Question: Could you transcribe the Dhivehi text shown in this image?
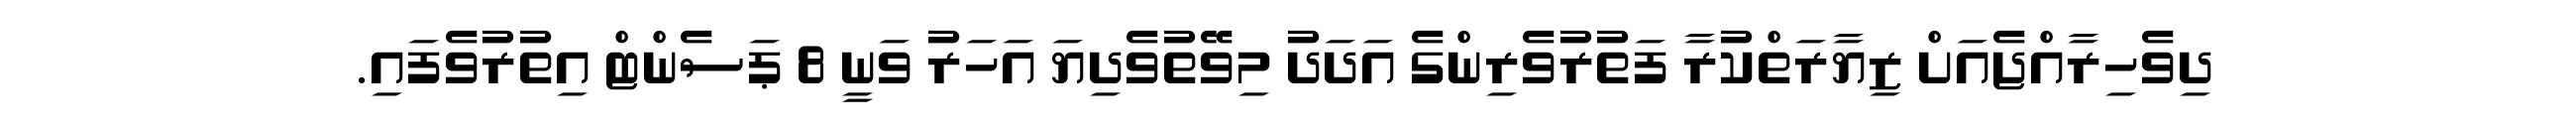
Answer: ދިވެހިރާއްޖެއަށް ޒިޔާރަތްކުރާ ފަތުރުވެރިންގެ އަދަދު މިވޭތުވެދިޔަ އަހަރު ވަނީ 8 ޕަސެންޓް އިތުރުވެފައި.